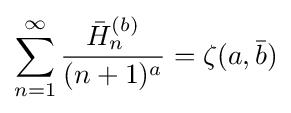
\sum _{n=1}^{\infty }{\frac {{\bar {H}}_{n}^{(b)}}{(n+1)^{a}}}=\zeta (a,{\bar {b}})